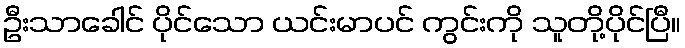
ဦးသာခေါင် ပိုင်သော ယင်းမာပင် ကွင်းကို သူတို့ပိုင်ပြီ။